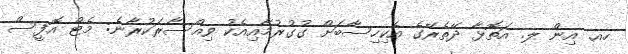
ހއ. އިން ލ. އަތޮޅާ ދޭތެރޭގެ އެކިހިސާބަށް ގުގުރުމާއިއެކު ވިއްސާރަކުރާނެ: މެޓް އޮފީސް